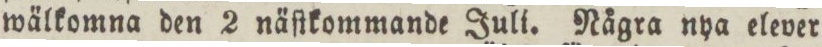
wälkomna den 2 näſtkommande Juli. Några nya elever